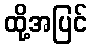
ထို့အပြင်